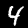
Digit: 4